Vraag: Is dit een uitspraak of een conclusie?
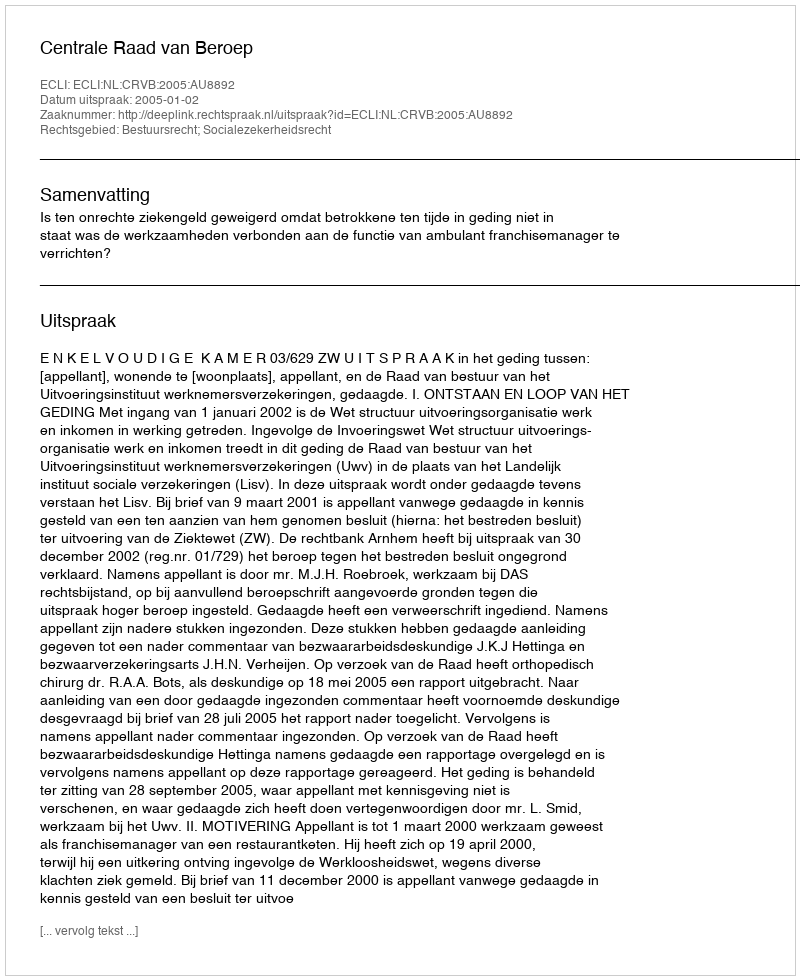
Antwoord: Uitspraak